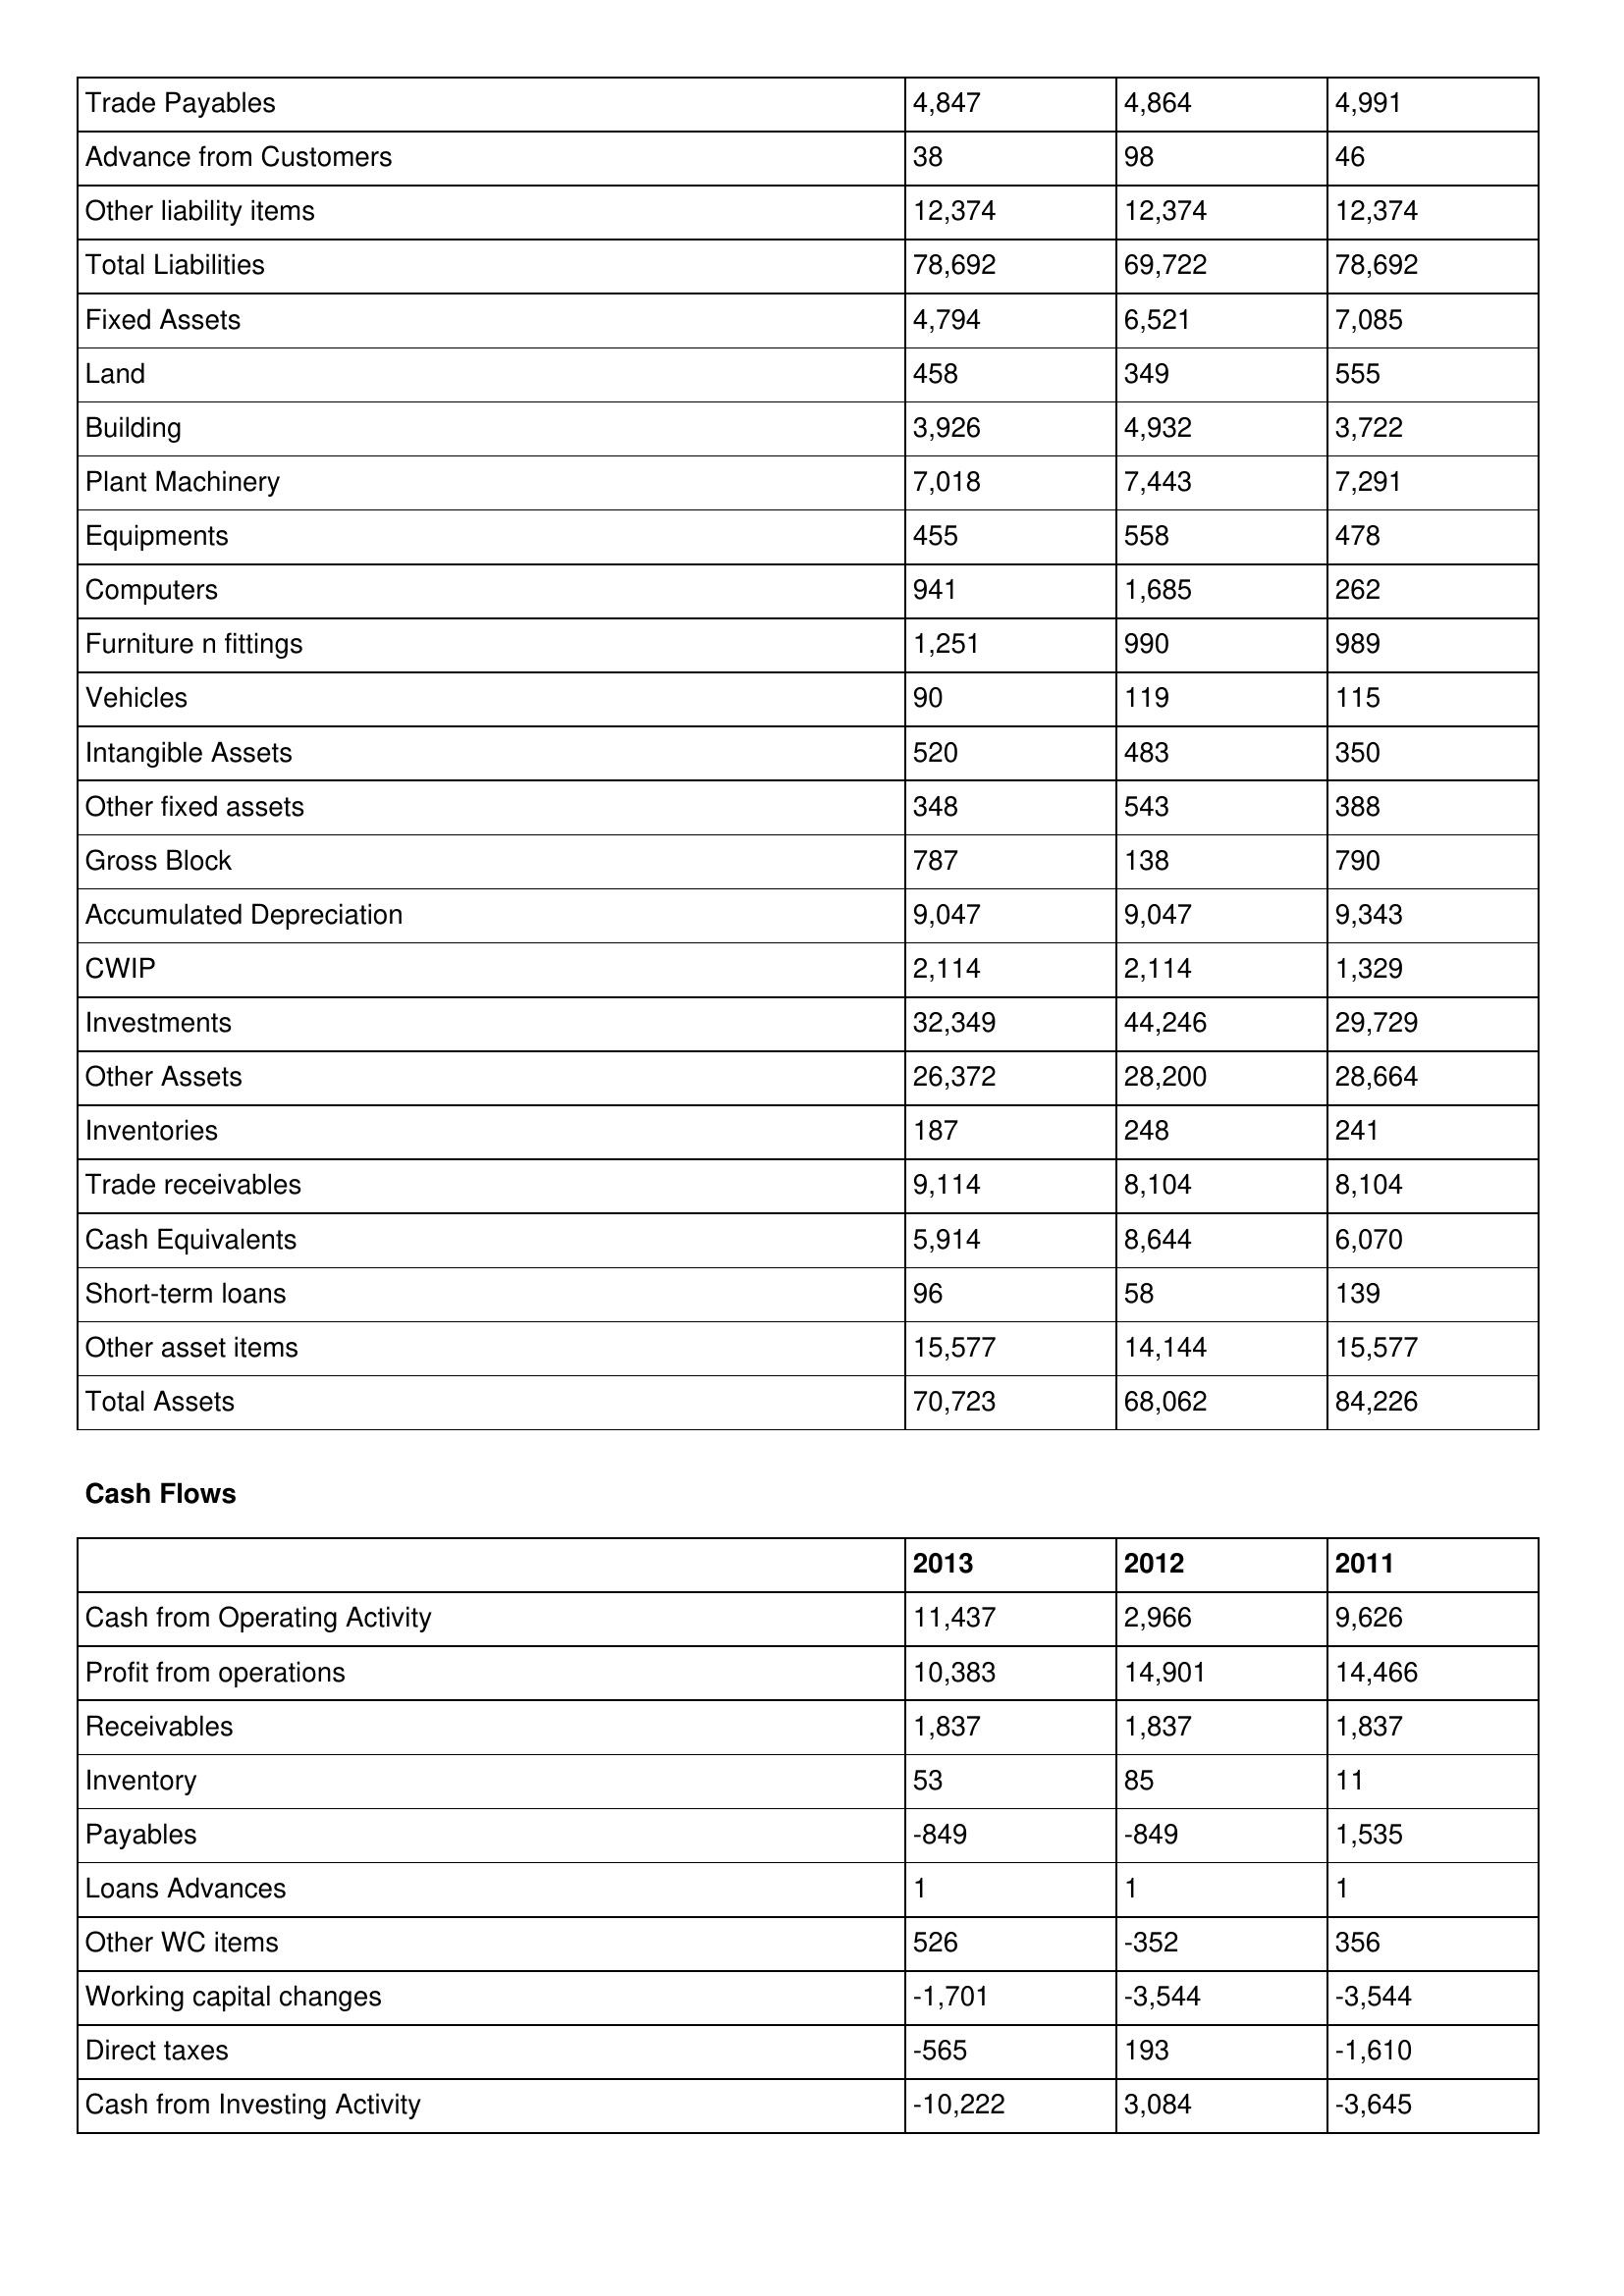
gt_parse: 2013: Balance Sheet: Trade Payables: 4,847
Advance from Customers: 38
Other liability items: 12,374
Total Liabilities: 78,692
Fixed Assets: 4,794
Land: 458
Building: 3,926
Plant Machinery: 7,018
Equipments: 455
Computers: 941
Furniture n fittings: 1,251
Vehicles: 90
Intangible Assets: 520
Other fixed assets: 348
Gross Block: 787
Accumulated Depreciation: 9,047
CWIP: 2,114
Investments: 32,349
Other Assets: 26,372
Inventories: 187
Trade receivables: 9,114
Cash Equivalents: 5,914
Short-term loans: 96
Other asset items: 15,577
Total Assets: 70,723
Cash Flows: Cash from Operating Activity: 11,437
Profit from operations: 10,383
Receivables: 1,837
Inventory: 53
Payables: -849
Loans Advances: 1
Other WC items: 526
Working capital changes: -1,701
Direct taxes: -565
Cash from Investing Activity: -10,222
2012: Balance Sheet: Trade Payables: 4,864
Advance from Customers: 98
Other liability items: 12,374
Total Liabilities: 69,722
Fixed Assets: 6,521
Land: 349
Building: 4,932
Plant Machinery: 7,443
Equipments: 558
Computers: 1,685
Furniture n fittings: 990
Vehicles: 119
Intangible Assets: 483
Other fixed assets: 543
Gross Block: 138
Accumulated Depreciation: 9,047
CWIP: 2,114
Investments: 44,246
Other Assets: 28,200
Inventories: 248
Trade receivables: 8,104
Cash Equivalents: 8,644
Short-term loans: 58
Other asset items: 14,144
Total Assets: 68,062
Cash Flows: Cash from Operating Activity: 2,966
Profit from operations: 14,901
Receivables: 1,837
Inventory: 85
Payables: -849
Loans Advances: 1
Other WC items: -352
Working capital changes: -3,544
Direct taxes: 193
Cash from Investing Activity: 3,084
2011: Balance Sheet: Trade Payables: 4,991
Advance from Customers: 46
Other liability items: 12,374
Total Liabilities: 78,692
Fixed Assets: 7,085
Land: 555
Building: 3,722
Plant Machinery: 7,291
Equipments: 478
Computers: 262
Furniture n fittings: 989
Vehicles: 115
Intangible Assets: 350
Other fixed assets: 388
Gross Block: 790
Accumulated Depreciation: 9,343
CWIP: 1,329
Investments: 29,729
Other Assets: 28,664
Inventories: 241
Trade receivables: 8,104
Cash Equivalents: 6,070
Short-term loans: 139
Other asset items: 15,577
Total Assets: 84,226
Cash Flows: Cash from Operating Activity: 9,626
Profit from operations: 14,466
Receivables: 1,837
Inventory: 11
Payables: 1,535
Loans Advances: 1
Other WC items: 356
Working capital changes: -3,544
Direct taxes: -1,610
Cash from Investing Activity: -3,645